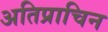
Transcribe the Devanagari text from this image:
अतिप्राचिन